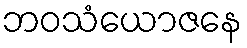
ဘဝသံယောဇနေ